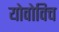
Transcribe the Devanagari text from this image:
योवोविच